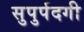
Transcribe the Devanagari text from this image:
सुपुर्पदगी